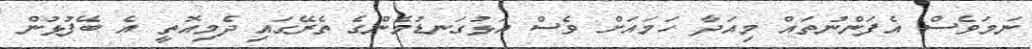
ނަމަވެސް އެފަންނުތައް މިއަދާ ހަމައަށް ވެސް އަޅުގަނޑުމެންގެ ތެރޭގައި ދެމިއޮތީ އެ ބޭފުޅުން